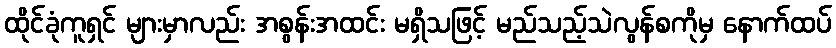
ထိုင်ခုံကူရှင် များမှာလည်း အစွန်းအထင်း မရှိသဖြင့် မည်သည့်သဲလွန်စကိုမှ နောက်ထပ်